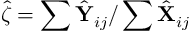
\hat { \zeta } = \sum \hat { \mathbf Y } _ { i j } / \sum \hat { \mathbf X } _ { i j }